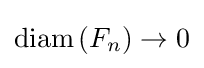
\operatorname {diam} \left(F_{n}\right)\to 0